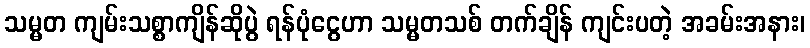
သမ္မတ ကျမ်းသစ္စာကျိန်ဆိုပွဲ ရန်ပုံငွေဟာ သမ္မတသစ် တက်ချိန် ကျင်းပတဲ့ အခမ်းအနား၊